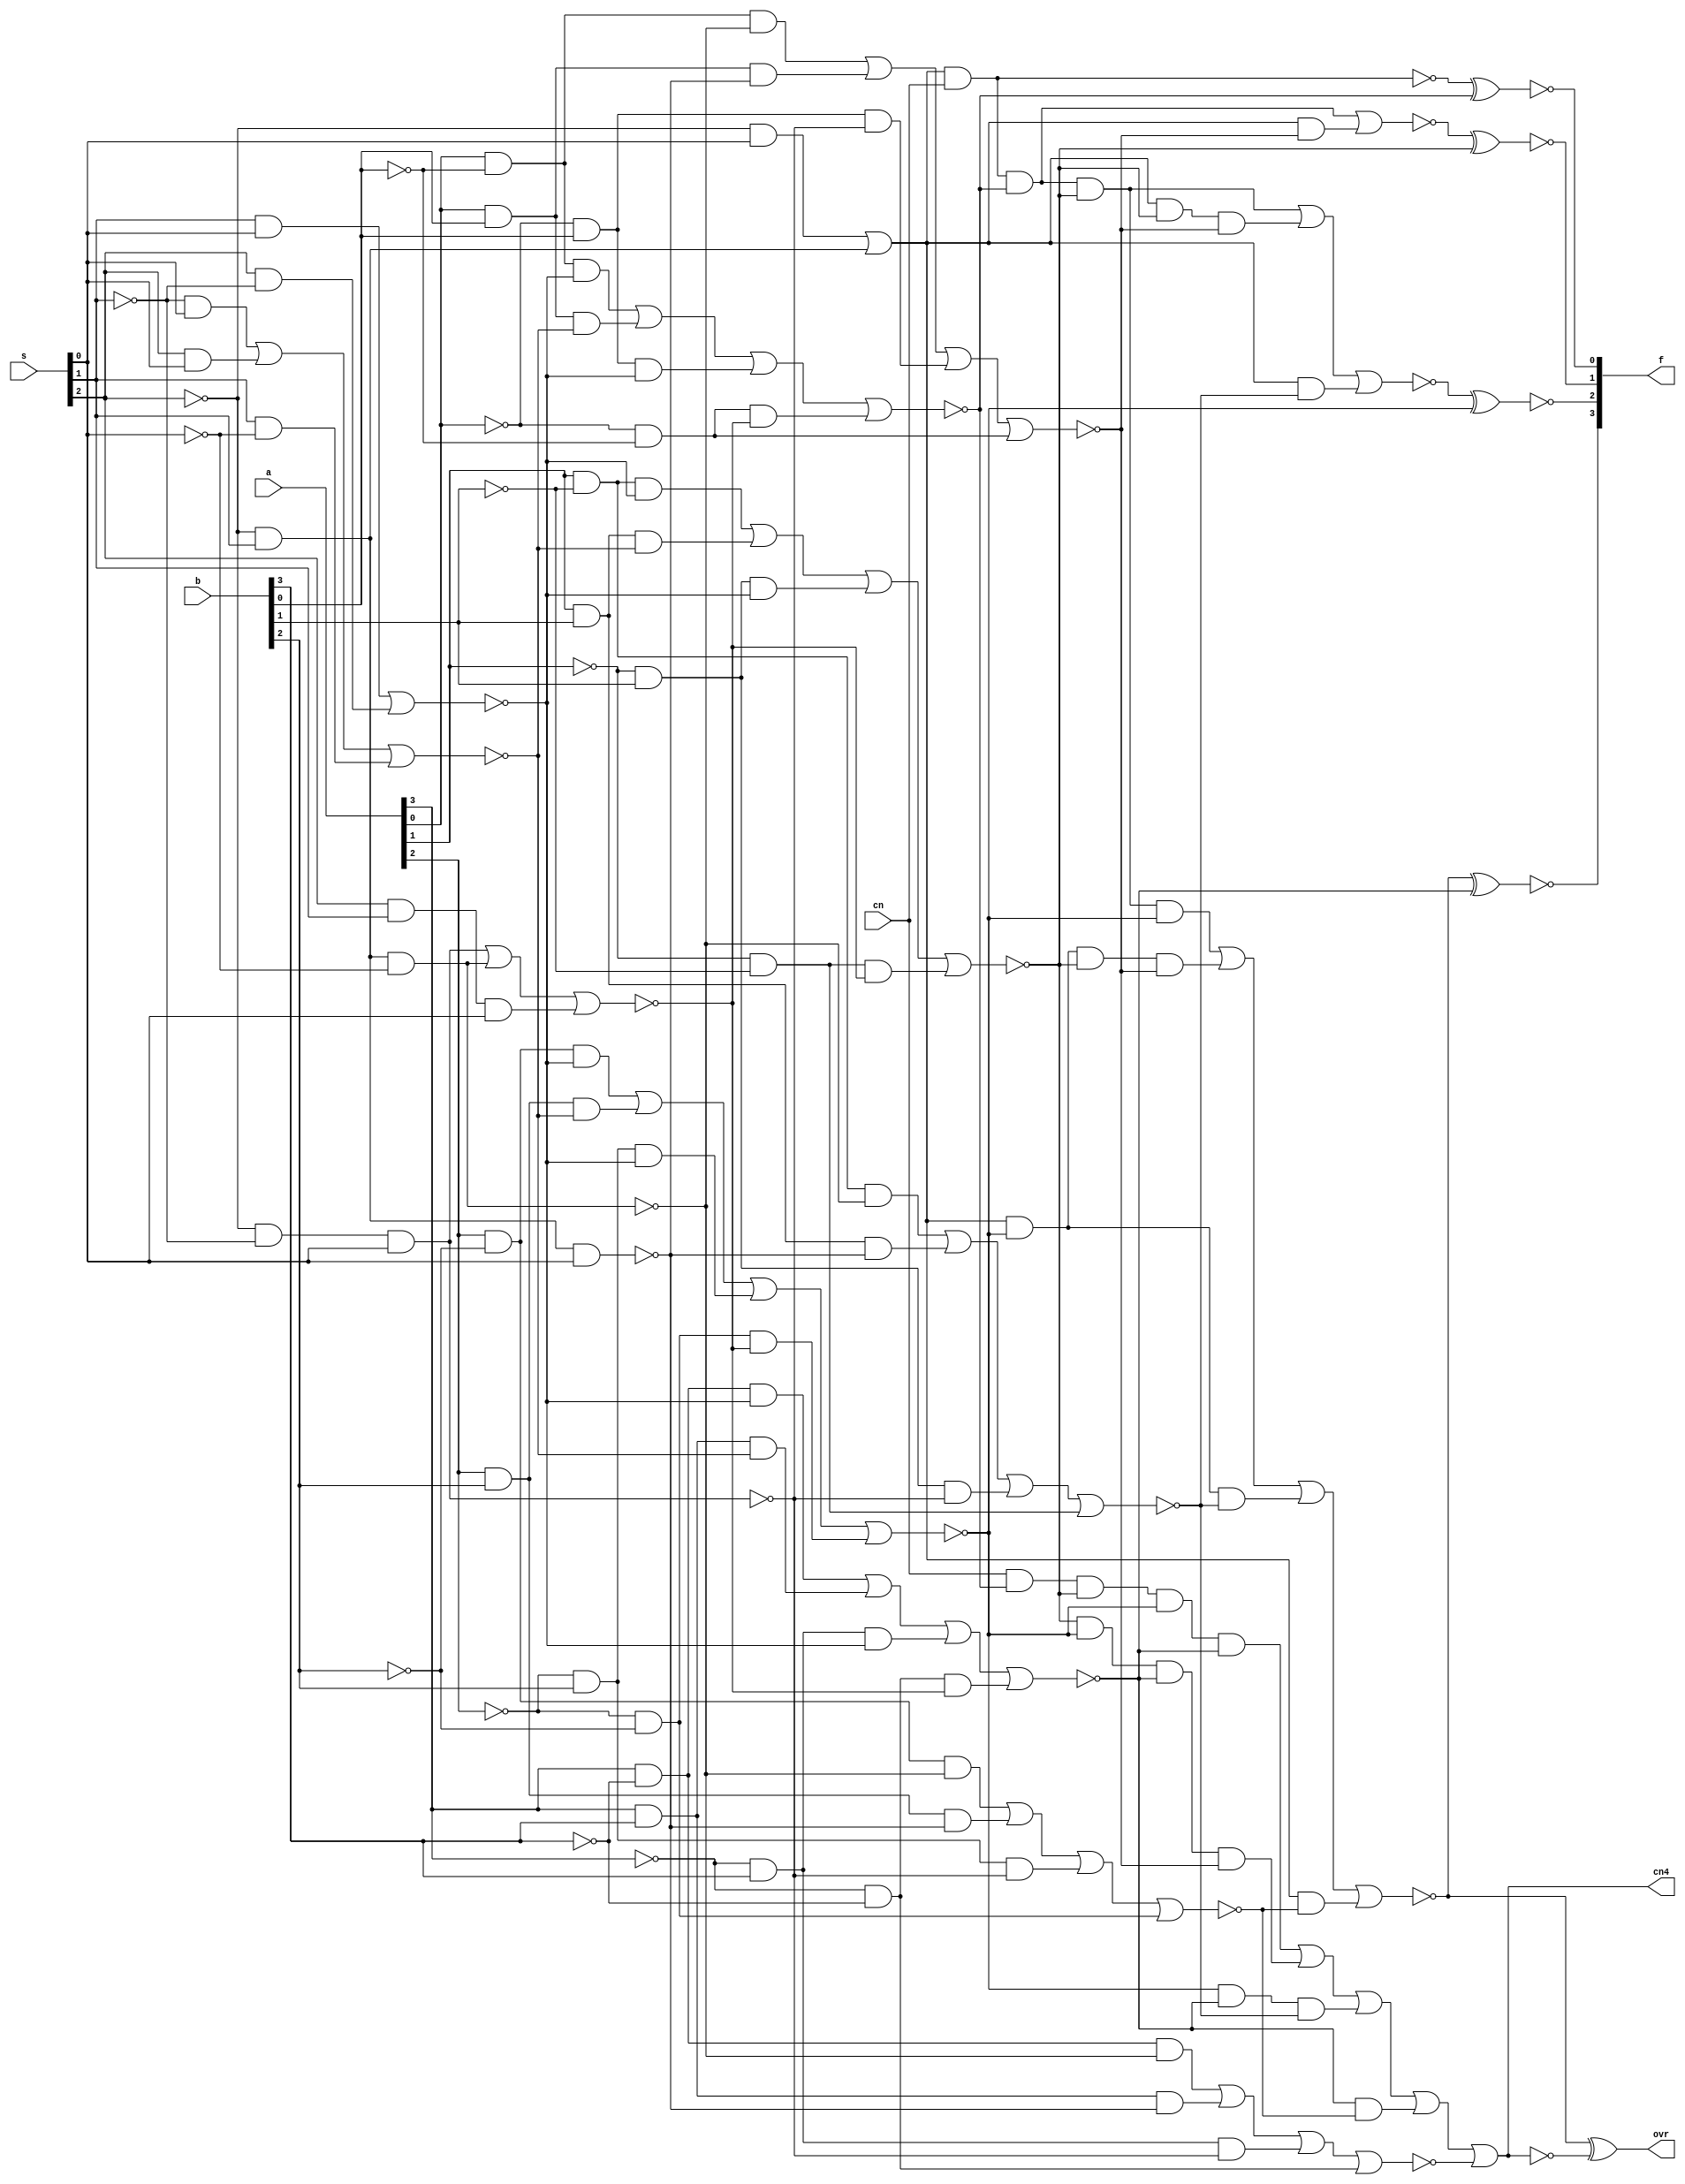
module sn74ls382(f, cn4, ovr, a, b, cn, s);
input [3:0] a, b;
input cn;
input [2:0] s;
output [3:0] f;
output cn4, ovr;
wire [3:0] fi;
wire cn4i, ovri;

parameter
	// TI TTL data book Vol 1, 1985
	tPLH_min=0, tPLH_typ=20, tPLH_max=27, // A,B to F
	tPHL_min=0, tPHL_typ=14, tPHL_max=21,
	tPLHC_min=0, tPLHC_typ=28, tPLHC_max=42, // A,B to CN4
	tPHLC_min=0, tPHLC_typ=26, tPHLC_max=39,
	tPLHO_min=0, tPLHO_typ=23, tPLHO_max=35, // A,B to OVR
	tPHLO_min=0, tPHLO_typ=27, tPHLO_max=41;

buf(s0, s[0]);
buf(s1, s[1]);
buf(s2, s[2]);
not(s0_, s[0]);
not(s1_, s[1]);
not(s2_, s[2]);

and(a11, s2_, s1_, s0); 
and(a12, s2_, s1, s0_);
and(a13, s2, s1, s0);
nor(n1, a11, a12, a13);

and(a21, s1_, s0);
and(a22, s2, s0);
and(a23, s1, s0_);
nor(n2, a21, a22, a23);

and(a31, s1, s0);
and(a32, s2, s1_);
nor(n3, a31, a32);

nand(n4, s2_, s1_, s0); 
nand(n5, s2_, s1, s0);
nand(n6, s2_, s1, s0_); 

and(a71, s2_, s0);
and(a72, s2_, s1);
or(o7, a71, a72);

buf(a0, a[0]);
buf(a1, a[1]);
buf(a2, a[2]);
buf(a3, a[3]);
buf(b0, b[0]);
buf(b1, b[1]);
buf(b2, b[2]);
buf(b3, b[3]);
not(a0_, a[0]);
not(a1_, a[1]);
not(a2_, a[2]);
not(a3_, a[3]);
not(b0_, b[0]);
not(b1_, b[1]);
not(b2_, b[2]);
not(b3_, b[3]);

and(aabn0, a0, b0_, n3);
and(aab0, a0, b0, n2);
and(aanb0, a0_, b0, n3);
and(aanbn0, a0_, b0_, n1);
nor(na0, aabn0, aab0, aanb0, aanbn0);

and(babn0,  a0, b0_, n6);
and(bab0, a0, b0, n5);
and(banb0, a0_, b0, n4);
and(banbn0, a0_, b0_);
nor(nb0, babn0, bab0, banb0, banbn0);

and(aabn1,  a1, b1_, n3);
and(aab1, a1, b1, n2);
and(aanb1, a1_, b1, n3);
and(aanbn1, a1_, b1_, n1);
nor(na1, aabn1, aab1, aanb1, aanbn1);

and(babn1,  a1, b1_, n6);
and(bab1, a1, b1, n5);
and(banb1, a1_, b1, n4);
and(banbn1, a1_, b1_);
nor(nb1, babn1, bab1, banb1, banbn1);

and(aabn2,  a2, b2_, n3);
and(aab2, a2, b2, n2);
and(aanb2, a2_, b2, n3);
and(aanbn2, a2_, b2_, n1);
nor(na2, aabn2, aab2, aanb2, aanbn2);

and(babn2,  a2, b2_, n6);
and(bab2, a2, b2, n5);
and(banb2, a2_, b2, n4);
and(banbn2, a2_, b2_);
nor(nb2, babn2, bab2, banb2, banbn2);

and(aabn3,  a3, b3_, n3);
and(aab3, a3, b3, n2);
and(aanb3, a3_, b3, n3);
and(aanbn3, a3_, b3_, n1);
nor(na3, aabn3, aab3, aanb3, aanbn3);

and(babn3,  a3, b3_, n6);
and(bab3, a3, b3, n5);
and(banb3, a3_, b3, n4);
and(banbn3, a3_, b3_);
nor(nb3, babn3, bab3, banb3, banbn3);

nand(nf0, o7, cn);
xnor(fi[0], nf0, na0);

and(af11, o7, cn, na0);
and(af12, o7, nb0);
nor(nf1, af11, af12);
xnor(fi[1], nf1, na1);

and(af21, o7, cn, na0, na1);
and(af22, o7, na1, nb0);
and(af23, o7, nb1);
nor(nf2, af21, af22, af23);
xnor(fi[2], nf2, na2);

and(af31, o7, cn, na0, na1, na2);
and(af32, o7, na2, na1, nb0);
and(af33, o7, na2, nb1);
and(af34, o7, nb2);
nor(nf3, af31, af32, af33, af34);
xnor(fi[3], nf3, na3);

and(acn41, cn, na0, na1, na2, na3);
and(acn42, na1, na2, na3, nb0);
and(acn43, na2, na3, nb1);
and(acn44, na3, nb2);
and(acn45, nb3);
nor(ncn4, acn41, acn42, acn43, acn44, acn45);
xor(ovri, nf3, ncn4);
not(cn4i, ncn4);

assign #(tPLH_min:tPLH_typ:tPLH_max, tPHL_min:tPHL_typ:tPHL_max)
	f = fi;
assign #(tPLHO_min:tPLHO_typ:tPLHO_max, tPHLO_min:tPHLO_typ:tPHLO_max)
	ovr = ovri;
assign #(tPLHC_min:tPLHC_typ:tPLHC_max, tPHLC_min:tPHLC_typ:tPHLC_max)
	cn4 = cn4i;

endmodule